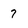
Character: 7